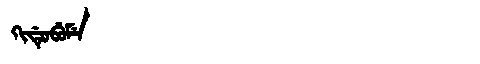
Manchu: ᡴᡳᡩᡠᠪᡠᠮᡝ
Romanization: KIDUBUME